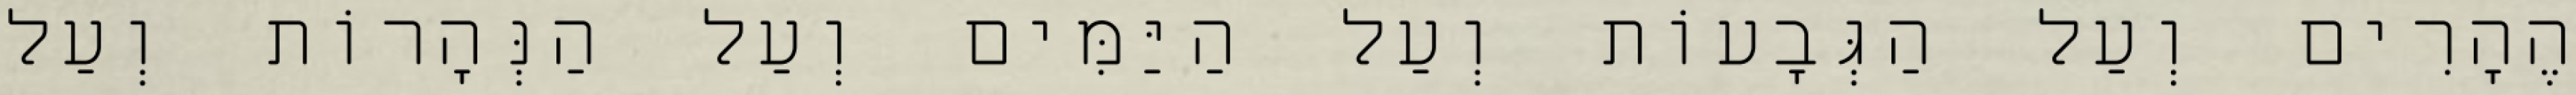
הֶהָרִים וְעַל הַגְּבָעוֹת וְעַל הַיַּמִּים וְעַל הַנְּהָרוֹת וְעַל